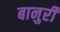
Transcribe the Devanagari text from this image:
बानुरी